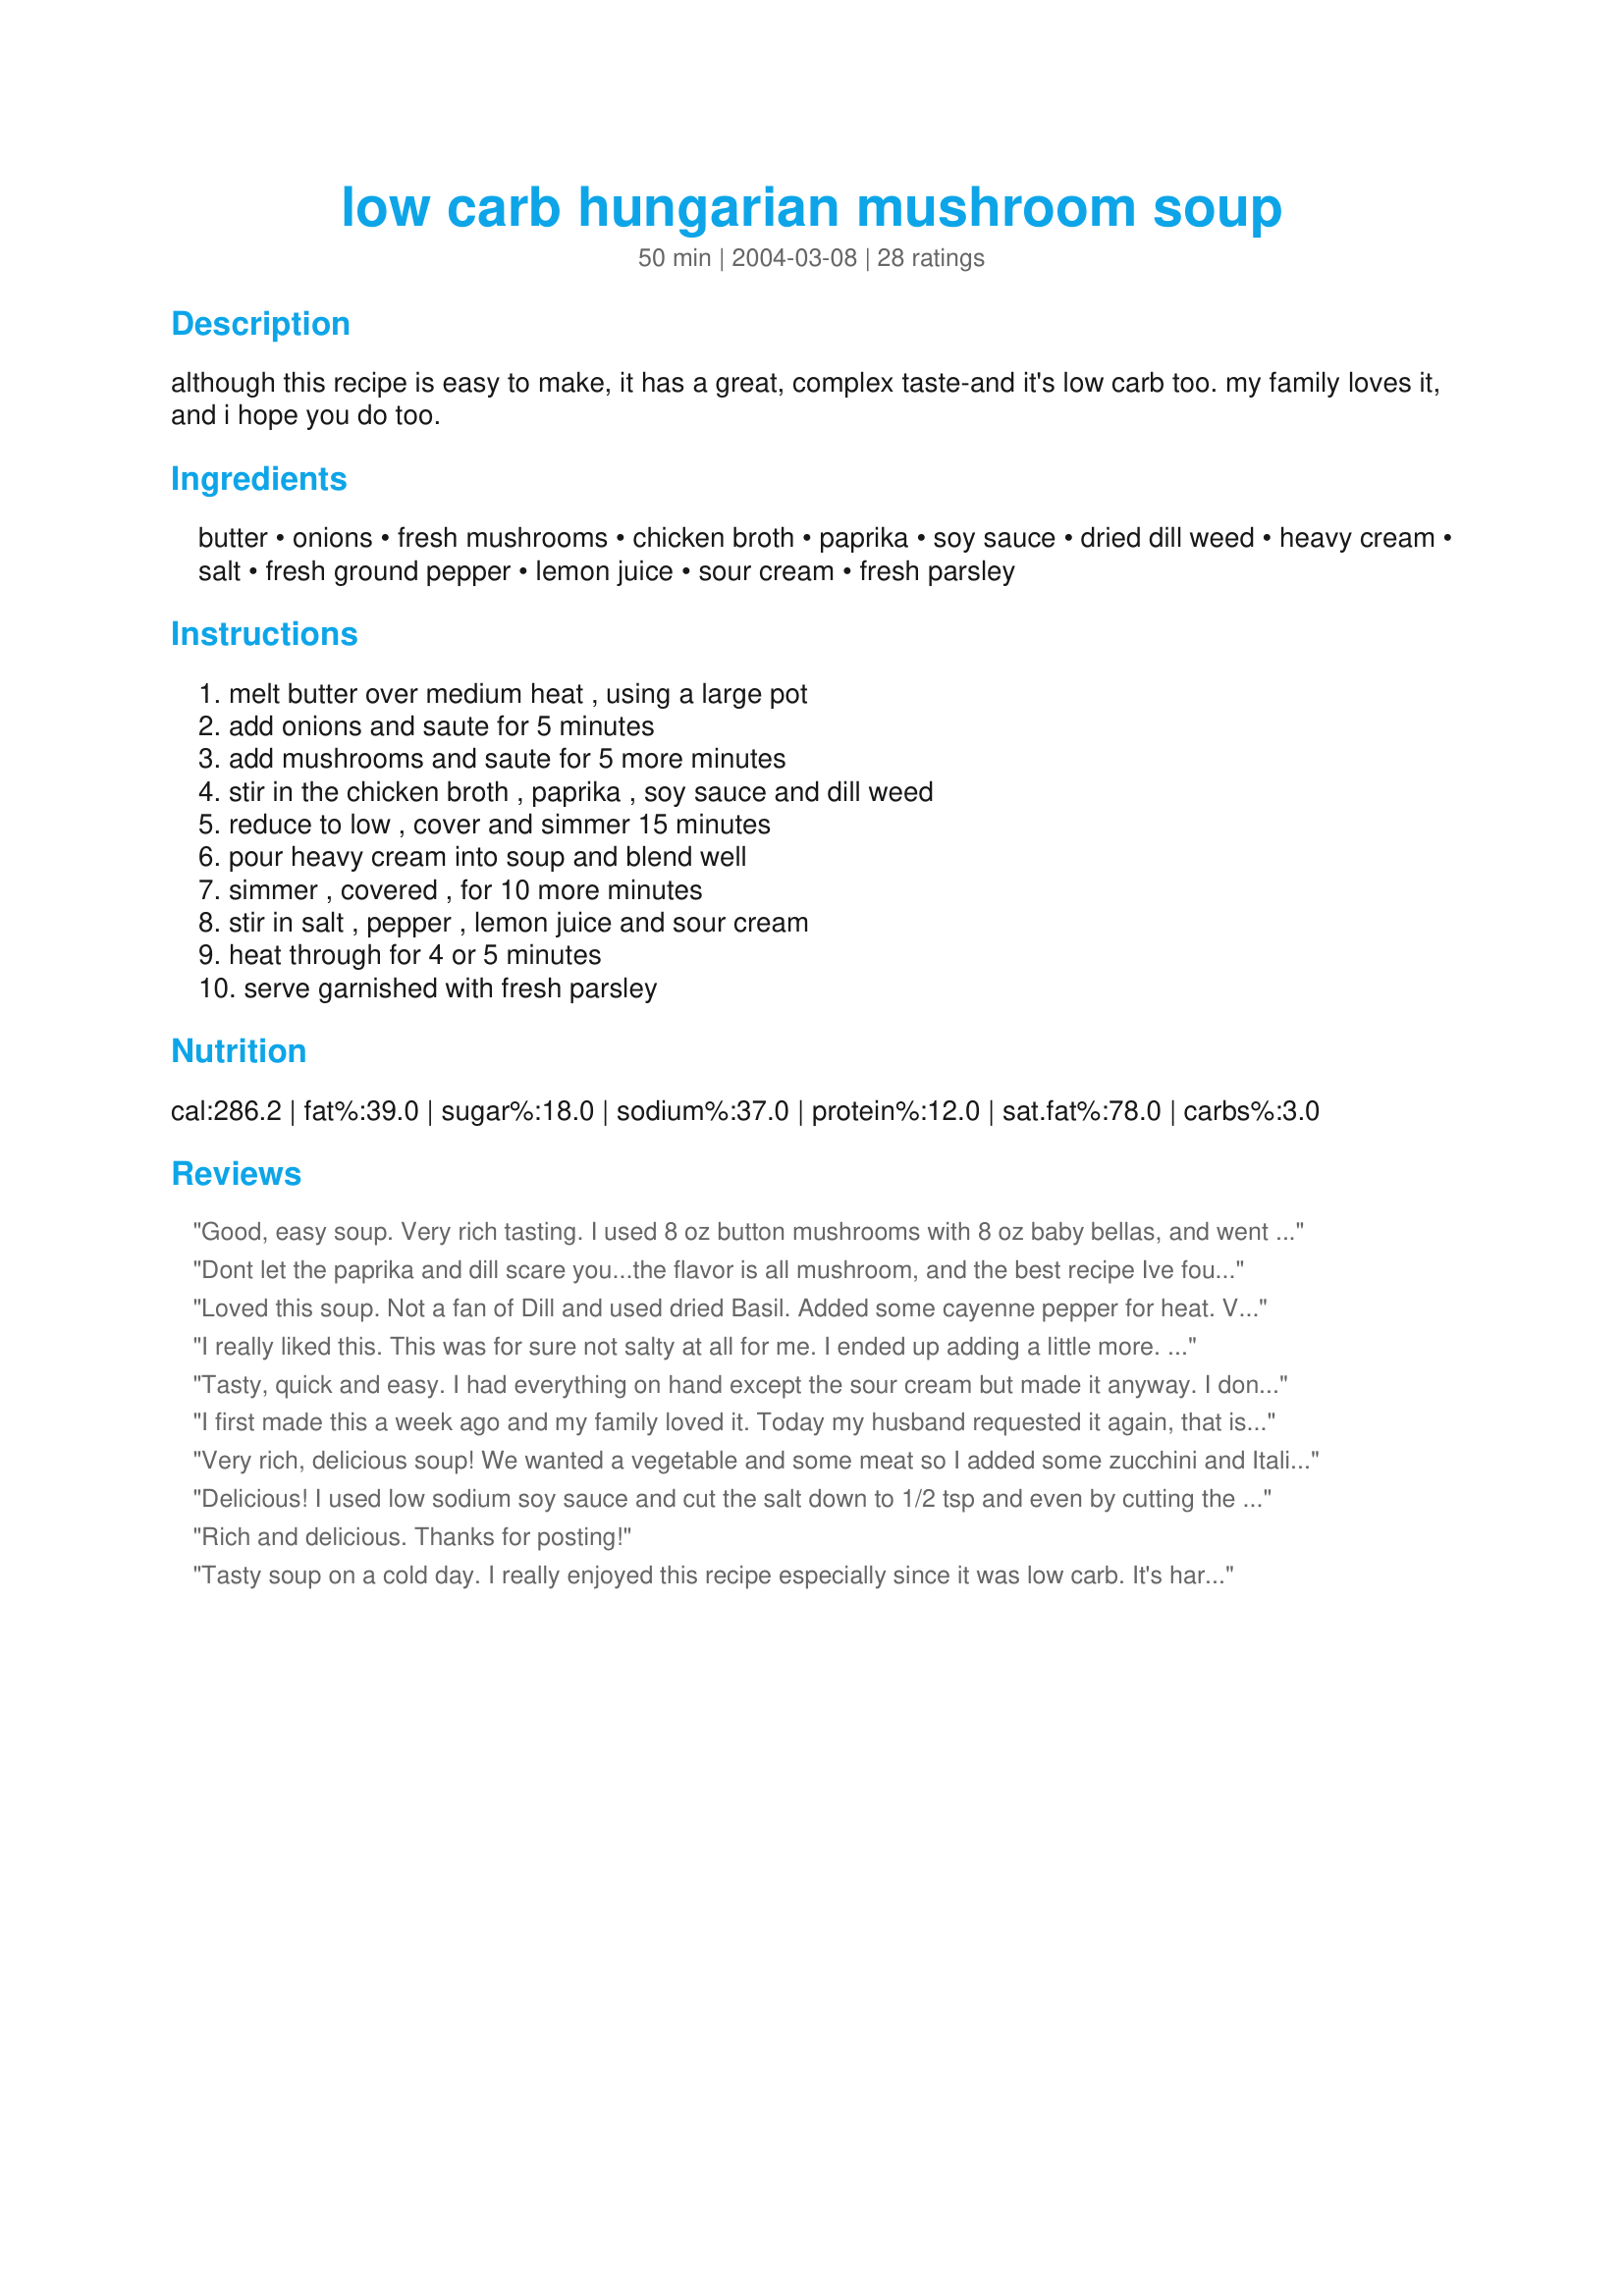
low carb hungarian mushroom soup
Preparation time: 50 minutes

although this recipe is easy to make, it has a great, complex taste-and it's low carb too. my family loves it, and i hope you do too.

Ingredients:
butter, onions, fresh mushrooms, chicken broth, paprika, soy sauce, dried dill weed, heavy cream, salt, fresh ground pepper, lemon juice, sour cream, fresh parsley

Steps:
melt butter over medium heat , using a large pot, add onions and saute for 5 minutes, add mushrooms and saute for 5 more minutes, stir in the chicken broth , paprika , soy sauce and dill weed, reduce to low , cover and simmer 15 minutes, pour heavy cream into soup and blend well, simmer , covered , for 10 more minutes, stir in salt , pepper , lemon juice and sour cream, heat through for 4 or 5 minutes, serve garnished with fresh parsley

Reviews:
Good, easy soup. Very rich tasting. I used 8 oz button mushrooms with 8 oz baby bellas, and went a little heavy on the dill. Delicious. Thanks for sharing. Will make again.
Dont let the paprika and dill scare you...the flavor is all mushroom, and the best recipe Ive found. Only change I made was to use 4 kinds of mushrooms..white, brown, portobello and reconstituted dried shitakis using the water form soaking the shitakis instead of a bit of the chicken stock.
Loved this soup. Not a fan of Dill and used dried Basil. Added some cayenne pepper for heat. Very good. I am following a low carb lifestyle and wouldn't suggest using corn starch to thicken.
I really liked this. This was for sure not salty at all for me. I ended up adding a little more. I also added soe cornstarch to thicken it up some. Made this for my friend's 18th birthday dinner.
Tasty, quick and easy. I had everything on hand except the sour cream but made it anyway. I don&#039;t think it was necessary, the flavor was there. I also added sausage to the soup and it was a nice compliment.
I first made this a week ago and my family loved it. Today my husband requested it again, that is the true testiment. He rarely requests things.
Very rich, delicious soup! We wanted a vegetable and some meat so I added some zucchini and Italian sausage. Because of the additions I added another cup of chicken broth and a little extra on some of the other ingredients. Wonderful treat on a low carb diet.
Delicious! I used low sodium soy sauce and cut the salt down to 1/2 tsp and even by cutting the salt down, it didn't take away from the flavor at all; otherwise I followed the other ingredients exactly. I wasn't able to get the broth to cook to a creamy thickness; it came out rich tasting and smooth. Chock full of meaty mushrooms. This recipe made just a little over 4 cups. I really enjoyed this easy soup for my low carb eating, thanks for posting.
Rich and delicious. Thanks for posting!
Tasty soup on a cold day. I really enjoyed this recipe especially since it was low carb. It's hard to find low carb recipes and this one fit the bill. I made the recipe exactly as it called for, I was please with the results however I don't believe the number of servings is marked appropriately. This made no more then 4.5 cups and with a cup per person...it doesn't equate to the 6 servings this recipe is posted. Please make note of the portions and plan accordingly. Thank you very much for teh recipe, I will definately be making this again and will be sharing this with others.
This was great. I had eaten Hungarian Mushroom Soup at a dinner out and this was very similar. Even my fussy husband loved it. I lightened it up a little by using 1 cup broth and 2 cups fat free half and half along with my fat free sour cream. You couldn't tell it was low fat!
Made it from start to finish exactly as the recipe described, minus the lemon juice, as I was out of it. It was rich and delicious! Can't wait to make more now that the colder days are coming.
This soup is AWESOME! Such a unique and delicious flavor. And so easy to make. We usually make this one on our "soup and salad" dinner nights. Thank you for sharing this!
WOWEY! This soup is fantastic! It is exactly what I want when craving something savory. It simply doesn&#039;t taste the way you think it would when you think of paprika and dill. My alterations...... no heavy cream/sour cream ( just added 0% greek yogurt), I forgot the soy sauce and didn&#039;t add salt since butter &amp; broth has plenty of sodium... didn&#039;t miss it. I did add some lemon pepper to increase the lemon flavor (which does add some sodium). Overall this is a very good dish, doesn&#039;t need chicken or anything.
This is truly a 5-star soup. After the mushrooms were done sauteeing, it tasted so good I wanted to stop there. Then after the cream was added, I wanted to stop there. Now I'm mowing down the finished product. Can't wait to make this again. And right on cue: It started raining. Win!
I was very skeptical about the flavor of this recipe, even as I was preparing it. I&#039;m glad I tried it though, it&#039;s delicious! My sour cream broke when I added it so it&#039;s not a pretty soup to look at but the taste is fabulous, very savory. I wish I had some crusty bread to dunk in it!
This was a wonderful tasting soup. I followed the recipe exactly. Very easy to make, but a restaurant quality taste. Thank you for the recipe. We are having guest over tonight and this is on the menu.
We had this for supper with sandwiches the other night and it was really delicious! It was ready in under an hour but tasted like it had been simmering for hours. Thanks for sharing, Janis!
This hearty, delicious soup warmed me right up after last night's snow! I used low-sodium soy sauce and substituted a cup of yogurt for sour cream, and it still turned out just perfectly. I did not find it too salty in the least; in fact, I added a touch more salt due to personal preference. This soup was easy to prepare, and I already had a majority of the ingredients on hand. I will absolutely make this again--thank you for sharing!
The soup was, for me, somewhat salty. I loved a slice of Italian bread dipped in it. Made for The Northern Mediterranean Photo Challenge.
This soup was a nice change from your standard creamy mushroom soup. I only used 1 can of chicken broth (about 1.5 cups) and milk, because I didn't have any cream. I added slightly more sour cream to compensate. It was delicious! The only change I will make next time is to chop the mushrooms.
This recipe actually comes from the first Moosewood Cookbook and has been a soup standby of mine for years. Try it, you won't be disappointed.
This is an excellent soup. I used f/f half and half, and thickened the soup w/cornstarch. I highly recommend this recipe.
I was disappointed after all the rave reviews. I found it kind of bland. Sorry.
Very good soup. I doubled the recipe (mushrooms were on sale) and used 2% milk with just a little half and half since that is what I had on hand. When I sauteed the mushrooms, I went a little longer than five minutes, I sauteed them until they were squeaky and released their water. I admittedly used a low quality paprika, the bottom shelf stuff, and I was worried about that, but the soup is still delish. I also added a generous amount of cayenne, to compensate for the low quality of the paprika, and to add some heat. I made the chicken broth with Better than Boullion paste. My soup is a bit thinner than it would be if I had used heavy cream, but the flavors are still yummy.
My Hungarian father would have loved this soup. I went heavy on the mushrooms as well as on the dill. I used olive oil for the sauteing. For religious reasons I couldn't use the whipping cream or the sour cream (we were having this with a meat meal) so I added some mashed potato to the soup to achieve a creamy consistency. Good soup, can't wait to try out the dairy version.
This was so easy to make and although I was a little suspicious about the seasonings, it all turned out fantastic. It was absolutely delicious and my husband LOVED it, which he is very skeptical of new things, he inhaled it and now it's on the weekly rotation. It's wonderful with crusty bread.
This soup is WONDERFUL!! It is even better with Shitake mushrooms, as I have made it both ways. Very easy to make, a new family favorite. Thank You!!
